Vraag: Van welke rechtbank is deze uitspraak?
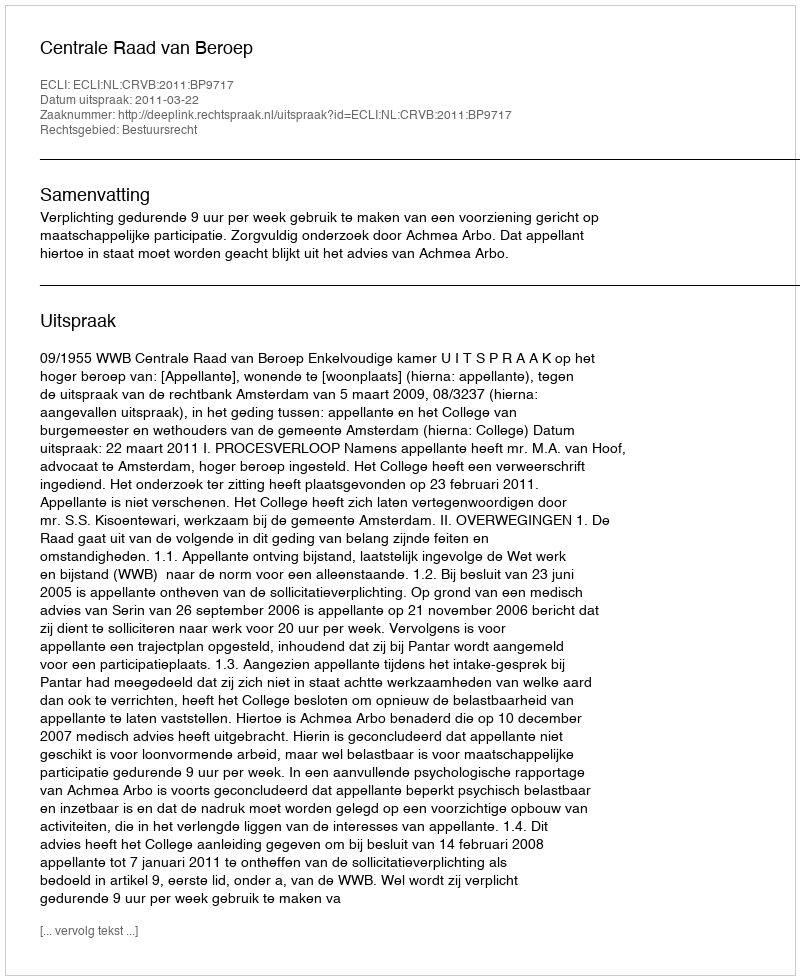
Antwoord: Centrale Raad van Beroep